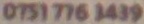
0751776 3439